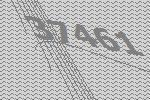
37461